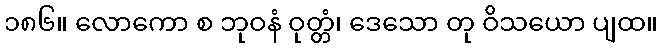
၁၈၆။ လောကော စ ဘုဝနံ ဝုတ္တံ၊ ဒေသော တု ဝိသယော ပျထ။